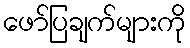
ဖော်ပြချက်များကို